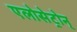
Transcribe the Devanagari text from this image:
एलोसेट्रोन्